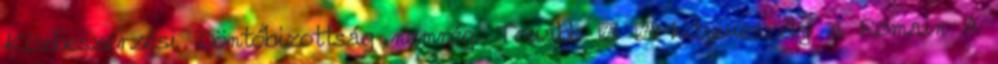
Közbeszerzési Döntőbizottság nemrég. Tovább › ›Mutyiveszély a Rómain A